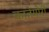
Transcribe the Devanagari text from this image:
कातेगोरी